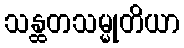
သန္ထတသမ္မုတိယာ